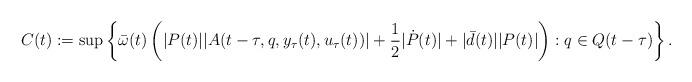
LaTeX: \begin{align*} C(t):=\sup\left\lbrace\bar{\omega}(t)\left(|P(t)||A(t-\tau,q,y_{\tau}(t),u_{\tau}(t))|+\frac{1}{2}|\dot{P}(t)|+|\bar{d}(t)||P(t)|\right):q\in Q(t-\tau)\right\rbrace.\end{align*}